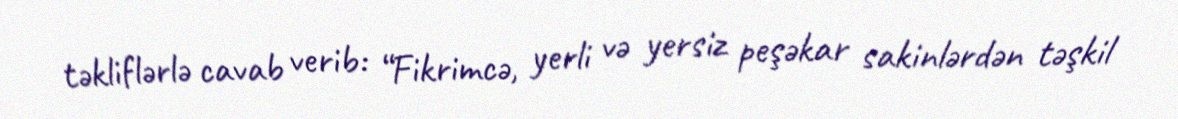
təkliflərlə cavab verib: “Fikrimcə, yerli və yersiz peşəkar sakinlərdən təşkil